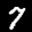
Label: 7